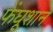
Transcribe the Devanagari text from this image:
फेंघूशान